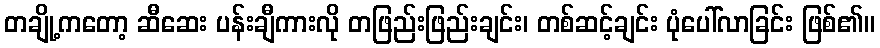
တချို့ကတော့ ဆီဆေး ပန်းချီကားလို တဖြည်းဖြည်းချင်း၊ တစ်ဆင့်ချင်း ပုံပေါ်လာခြင်း ဖြစ်၏။